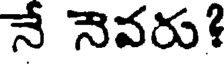
నే నెవరు?